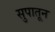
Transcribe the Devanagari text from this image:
सुपातून